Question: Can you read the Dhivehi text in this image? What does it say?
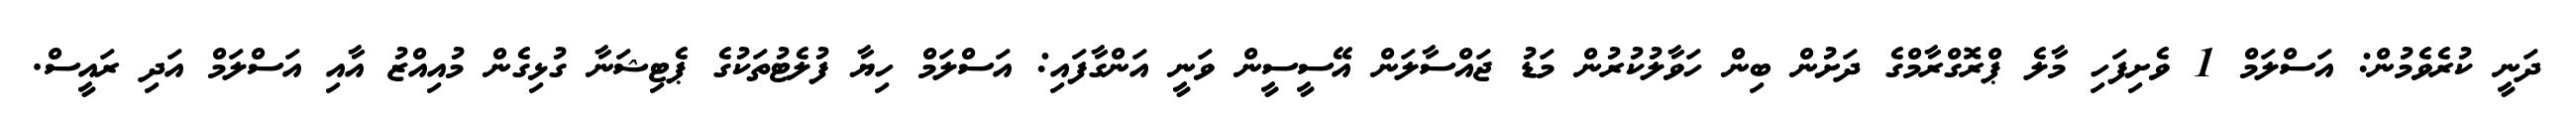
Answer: ދަނީ ކުރެވެމުން: އަސްލަމް 1 ވެށިފަހި މާލެ ޕްރޮގްރާމްގެ ދަށުން ބިން ހަވާލުކުރުން މަޑު ޖައްސާލަން އޭސީސީން ވަނީ އަންގާފައި: އަސްލަމް ހިޔާ ފުލެޓުތަކުގެ ޕެޓިޝަނާ ގުޅިގެން މުއިއްޒު އާއި އަސްލަމް އަދި ރައީސް.